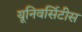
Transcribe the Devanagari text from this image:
यूनिवर्सिटीस